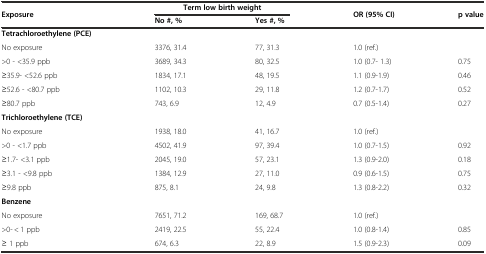
<table><thead><tr><td rowspan="2"><b>Exposure</b></td><td colspan="2"><b>Term low birth weight</b></td><td rowspan="2"><b>OR (95% CI)</b></td><td rowspan="2"><b>p value</b></td></tr><tr><td><b>No #, %</b></td><td><b>Yes #, %</b></td></tr></thead><tbody><tr><td><b>Tetrachloroethylene (PCE)</b></td><td></td><td></td><td></td><td></td></tr><tr><td>No exposure</td><td>3376, 31.4</td><td>77, 31.3</td><td>1.0 (ref.)</td><td></td></tr><tr><td>&gt;0 - &lt;35.9 ppb</td><td>3689, 34.3</td><td>80, 32.5</td><td>1.0 (0.7- 1.3)</td><td>0.75</td></tr><tr><td>≥35.9- &lt;52.6 ppb</td><td>1834, 17.1</td><td>48, 19.5</td><td>1.1 (0.9-1.9)</td><td>0.46</td></tr><tr><td>≥52.6 - &lt;80.7 ppb</td><td>1102, 10.3</td><td>29, 11.8</td><td>1.2 (0.7-1.7)</td><td>0.52</td></tr><tr><td>≥80.7 ppb</td><td>743, 6.9</td><td>12, 4.9</td><td>0.7 (0.5-1.4)</td><td>0.27</td></tr><tr><td><b>Trichloroethylene (TCE)</b></td><td></td><td></td><td></td><td></td></tr><tr><td>No exposure</td><td>1938, 18.0</td><td>41, 16.7</td><td>1.0 (ref.)</td><td></td></tr><tr><td>&gt;0 - &lt;1.7 ppb</td><td>4502, 41.9</td><td>97, 39.4</td><td>1.0 (0.7-1.5)</td><td>0.92</td></tr><tr><td>≥1.7- &lt;3.1 ppb</td><td>2045, 19.0</td><td>57, 23.1</td><td>1.3 (0.9-2.0)</td><td>0.18</td></tr><tr><td>≥3.1 - &lt;9.8 ppb</td><td>1384, 12.9</td><td>27, 11.0</td><td>0.9 (0.6-1.5)</td><td>0.75</td></tr><tr><td>≥9.8 ppb</td><td>875, 8.1</td><td>24, 9.8</td><td>1.3 (0.8-2.2)</td><td>0.32</td></tr><tr><td><b>Benzene</b></td><td></td><td></td><td></td><td></td></tr><tr><td>No exposure</td><td>7651, 71.2</td><td>169, 68.7</td><td>1.0 (ref.)</td><td></td></tr><tr><td>&gt;0- &lt; 1 ppb</td><td>2419, 22.5</td><td>55, 22.4</td><td>1.0 (0.8-1.4)</td><td>0.85</td></tr><tr><td>≥ 1 ppb</td><td>674, 6.3</td><td>22, 8.9</td><td>1.5 (0.9-2.3)</td><td>0.09</td></tr></tbody></table>